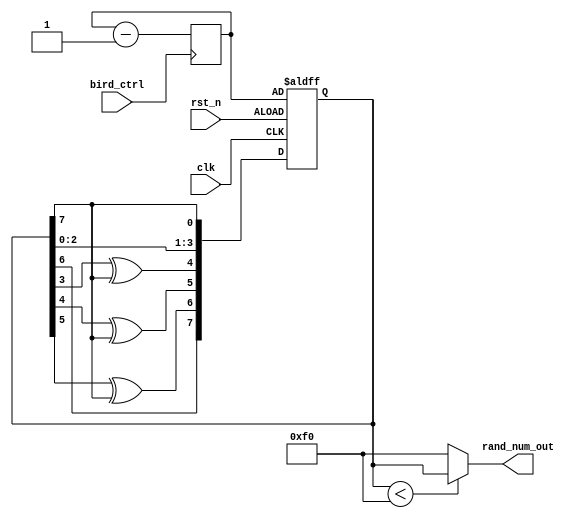
`timescale  1ns/1ns




module LFSR(

    input               rst_n,    /*rst_n is necessary to prevet locking up*/
    input               clk,      /*clock signal*/
	 input               bird_ctrl,
//    input               load,     /*load seed to rand_num,active high */
//    input      [7:0]    seed,     
    output wire [7:0]    rand_num_out 

);

reg [7:0]    rand_num;
reg [7:0]    seed = 8'b1111111;

always@(negedge bird_ctrl)//seed
	
	 if(!bird_ctrl)
         seed    <=seed - 1'b1;
	 else if(seed==1'b0)
			seed = 8'b1111111;
	 else seed <= seed;
		

always@(posedge clk or negedge rst_n)
begin
    if(!rst_n)
        rand_num    <=seed;
//    else if(load)
//        rand_num <=seed;    /*load the initial value when load is active*/
    else
        begin
            rand_num[0] <= rand_num[7];
            rand_num[1] <= rand_num[0];
            rand_num[2] <= rand_num[1];
            rand_num[3] <= rand_num[2];
            rand_num[4] <= rand_num[3]^rand_num[7];
            rand_num[5] <= rand_num[4]^rand_num[7];
            rand_num[6] <= rand_num[5]^rand_num[7];
            rand_num[7] <= rand_num[6];

               
            

        end
end

assign rand_num_out = (rand_num<8'd240)?rand_num:8'd240;

endmodule